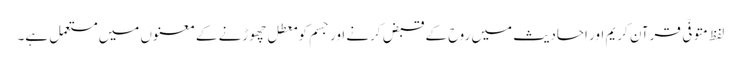
لفظ متوفّی قرآنِ کریم اور احادیث میں روح کے قبض کرنے اور جسم کو معطل چھوڑنے کے معنوں میں مستعمل ہے۔